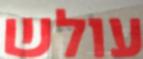
עולש